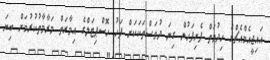
އައިޖީއެމްއެޗްގެ ހިދުމަތް ފެށިފަހުން ގިނަ ދުވަސްތަކަކަށް ފަހު ހޮސްޕިޓަލްގެ އިމާރަތް މަރާމާތުކުރުމަށް ބިޔަ